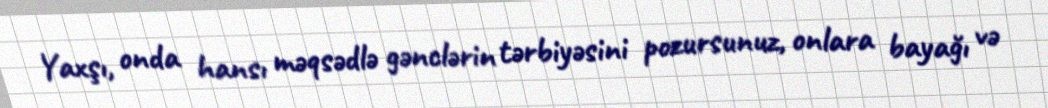
Yaxşı, onda hansı məqsədlə gənclərin tərbiyəsini pozursunuz, onlara bayağı və